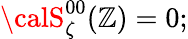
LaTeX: {\calS}_{\zeta}^{00}(\mathbb{Z})=0;